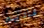
فاديم